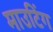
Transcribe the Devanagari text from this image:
माउटिंग